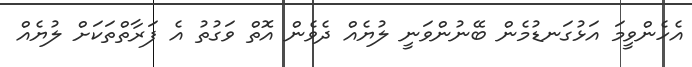
އެހެންވީމަ އަޅުގަނޑުމެން ބޭނުންވަނީ ލުޔެއް ދެވެން އޮތް ވަގުތު އެ ފަރާތްތަކަށް ލުޔެއް